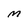
Character: M